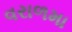
વરાળમા